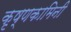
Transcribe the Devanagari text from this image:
कृष्णकामिनी